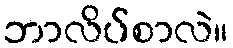
ဘာလိပ်စာလဲ။